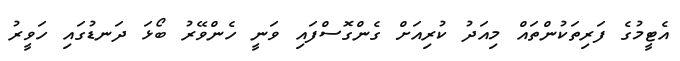
އެޓީމުގެ ފަރިތަކުންތައް މިއަދު ކުރިއަށް ގެންގޮސްފައި ވަނީ ހެންވޭރު ބޯޅަ ދަނޑުގައި ހަވީރު